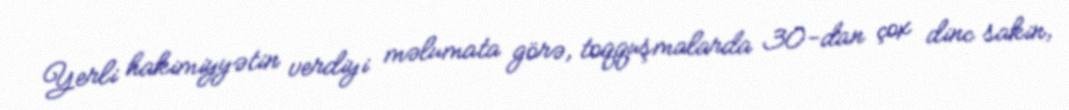
Yerli hakimiyyətin verdiyi məlumata görə, toqquşmalarda 30-dan çox dinc sakin,